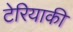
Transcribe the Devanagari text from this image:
टेरियाकी